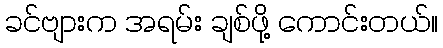
ခင်ဗျားက အရမ်း ချစ်ဖို့ ကောင်းတယ်။